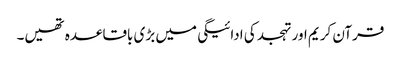
قرآن کریم اور تہجد کی ادائیگی میں بڑی باقاعدہ تھیں۔